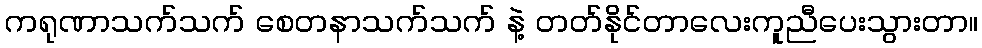
ကရုဏာသက်သက် စေတနာသက်သက် နဲ့ တတ်နိုင်တာလေးကူညီပေးသွားတာ။